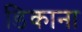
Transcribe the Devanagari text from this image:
डिकाना